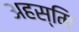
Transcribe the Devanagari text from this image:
अहस्मि